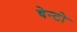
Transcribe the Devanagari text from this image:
बेन्टो